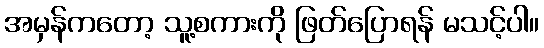
အမှန်ကတော့ သူ့စကားကို ဖြတ်ပြောရန် မသင့်ပါ။